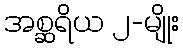
အစ္ဆရိယ ၂-မျိုး